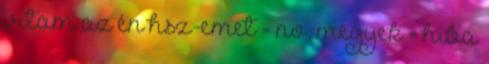
írtam az én hsz-emet - no, megyek - hiba